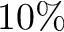
1 0 \%